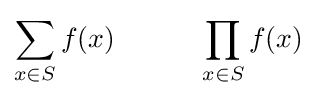
\sum _{x\in S}f(x)\quad \quad \quad \prod _{x\in S}f(x)